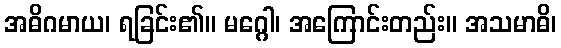
အဓိဂမာယ၊ ရခြင်း၏။ မဂ္ဂေါ၊ အကြောင်းတည်း။ အသမာဓိ၊